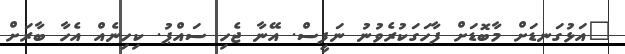
"އަޅުގަނޑަށް މާބޮޑަށް ފާހަގަކުރެވުނު ނަފީސް. އޭނާ ޖެހި ސައްޕު. ކިހިނެއް އެހާ ބާރަށް